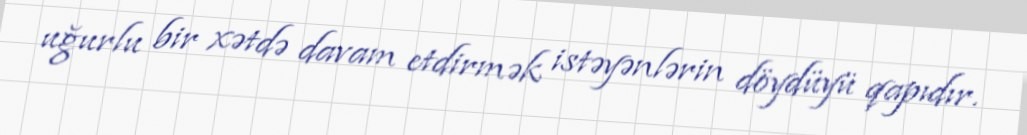
uğurlu bir xətdə davam etdirmək istəyənlərin döydüyü qapıdır.